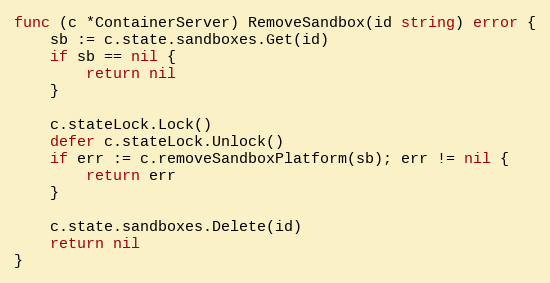
Language: Go
func (c *ContainerServer) RemoveSandbox(id string) error {
	sb := c.state.sandboxes.Get(id)
	if sb == nil {
		return nil
	}

	c.stateLock.Lock()
	defer c.stateLock.Unlock()
	if err := c.removeSandboxPlatform(sb); err != nil {
		return err
	}

	c.state.sandboxes.Delete(id)
	return nil
}